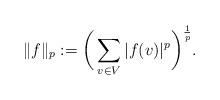
LaTeX: \begin{align*} \|f\|_p := \bigg(\sum_{v\in V} |f(v)|^p\bigg)^{\frac{1}{p}}.\end{align*}